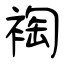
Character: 裪